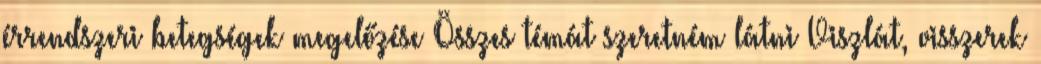
érrendszeri betegségek megelőzése Összes témát szeretném látni Viszlát, visszerek